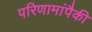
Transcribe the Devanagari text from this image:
परिणामांपैकी